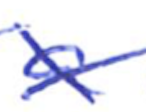
Text: a
Cross-out: cross
Writing tool: ballpoint